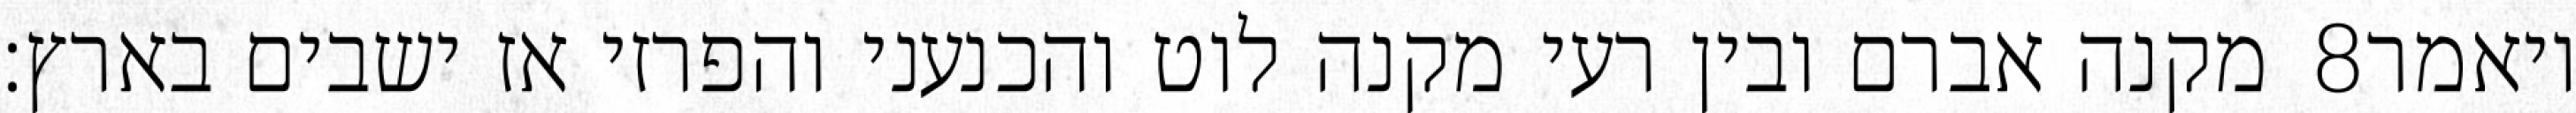
מקנה אברם ובין רעי מקנה לוט והכנעני והפרזי אז ישבים בארץ׃ ‎8‏ ויאמר